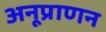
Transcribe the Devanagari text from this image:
अनूप्राणन